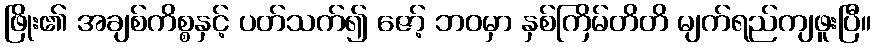
ဖြိုး၏ အချစ်ကိစ္စနှင့် ပတ်သက်၍ ဇော့် ဘဝမှာ နှစ်ကြိမ်တိတိ မျက်ရည်ကျဖူးပြီ။